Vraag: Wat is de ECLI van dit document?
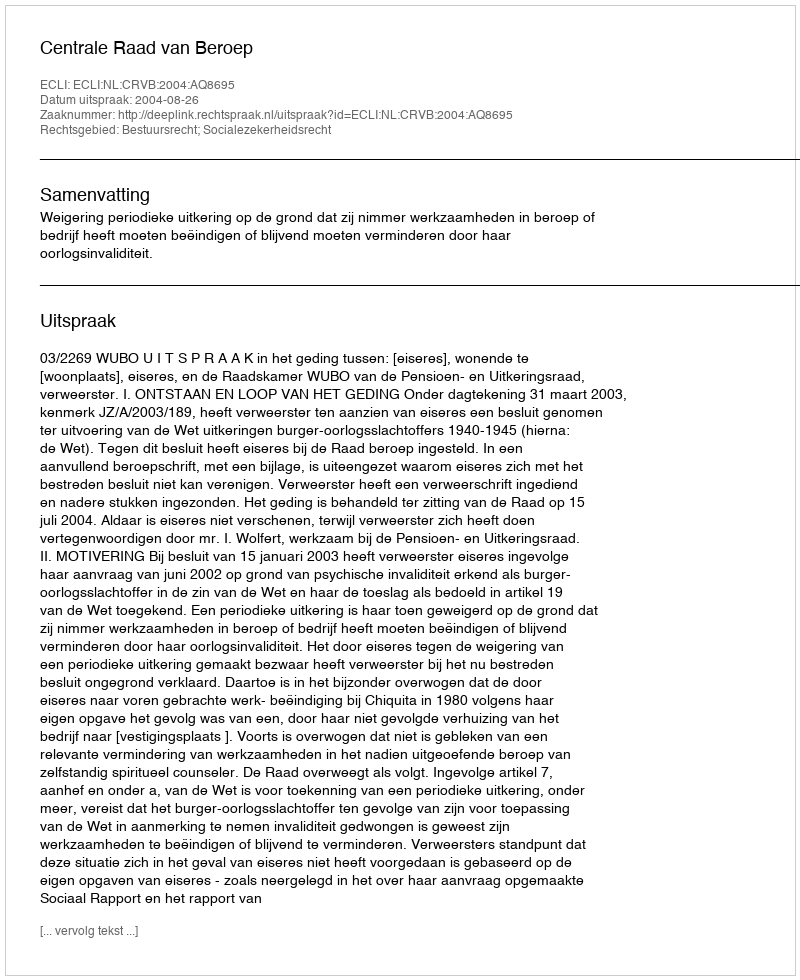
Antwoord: ECLI:NL:CRVB:2004:AQ8695